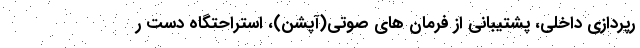
رپردازی داخلی، پشتیبانی از فرمان های صوتی(آپشن)، استراحتگاه دست ر